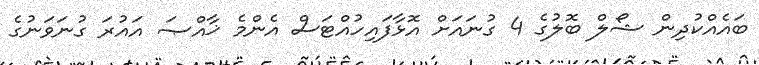
ބައެއްކުދިން ޝޯލް ބޮލުގެ 4 ގުނައަށް އޮޅާފައިހުއްޓަސް އެންމެ ޚާއްޞަ އައުރަ ގުނަވަނުގެ